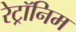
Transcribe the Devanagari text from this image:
रेट्रॉनिम